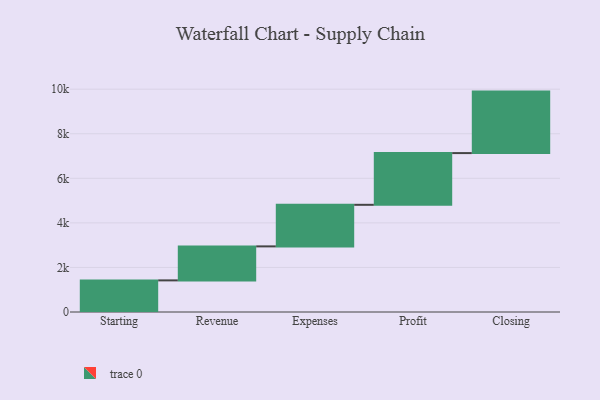
{"axis": {"x": "Step", "y": "Value"}, "legend": [""], "data": [{"x": "Starting", "y": 1419.0, "type": ""}, {"x": "Revenue", "y": 1526.0, "type": ""}, {"x": "Expenses", "y": 1866.0, "type": ""}, {"x": "Profit", "y": 2321.0, "type": ""}, {"x": "Closing", "y": 2760.0, "type": ""}]}